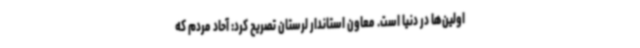
اولین‌ها در دنیا است. معاون استاندار لرستان تصریح کرد: آحاد مردم که